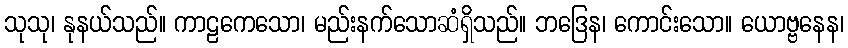
သုသု၊ နုနယ်သည်။ ကာဠကေသော၊ မည်းနက်သောဆံရှိသည်။ ဘဒြေန၊ ကောင်းသော။ ယောဗ္ဗနေန၊